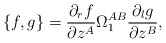
\begin{align*}\{f,g\}=\frac{\partial _rf}{\partial z^A}\Omega^{AB}_{1} \frac{\partial_lg}{\partial z^B},\end{align*}